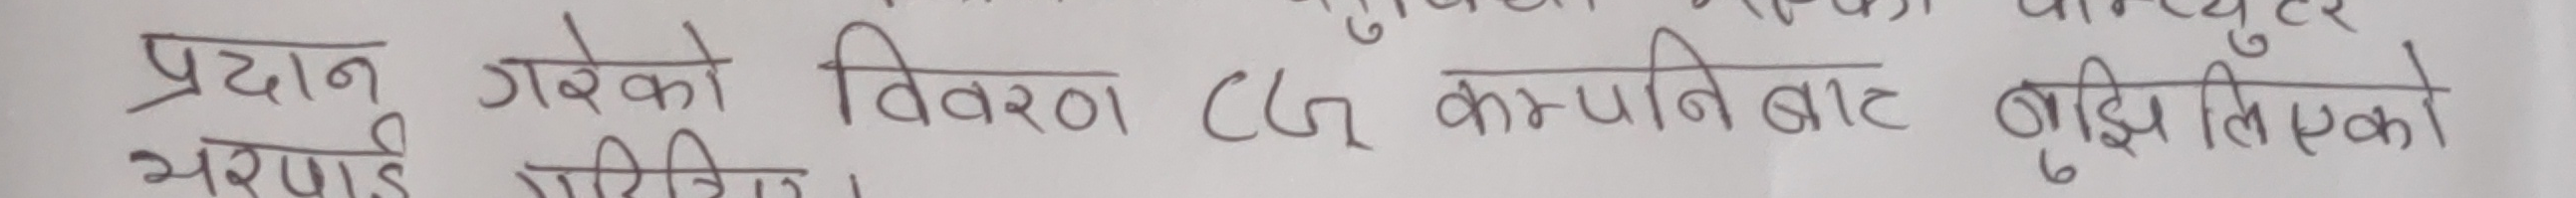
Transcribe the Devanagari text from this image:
प्रदान गरेको विवरण CG कम्पानिबाट बुझि लिएको
भएपाइ राखिए ।